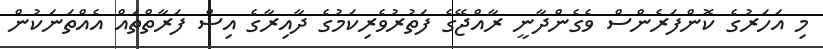
މި އަހަރުގެ ކޮންފަރެންސް ވެގެންދާނީ ރާއްޖޭގެ ފަތުރުވެރިކަމުގެ ދާއިރާގެ އިސް ފަރާތްތައް އެއްތަނަކުން